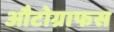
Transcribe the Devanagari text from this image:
औटोग्राफस